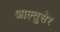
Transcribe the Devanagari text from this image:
आल्तुसेर